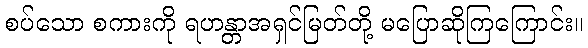
စပ်သော စကားကို ရဟန္တာအရှင်မြတ်တို့ မပြောဆိုကြကြောင်း။